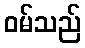
ဝမ်သည်